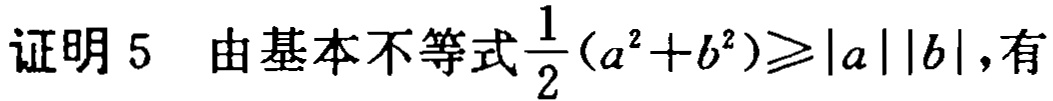
证明 5  由基本不等式$\frac{1}{2}(a^{2}+b^{2})\geqslant|a||b|$,有